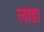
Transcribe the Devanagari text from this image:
लाड़ा